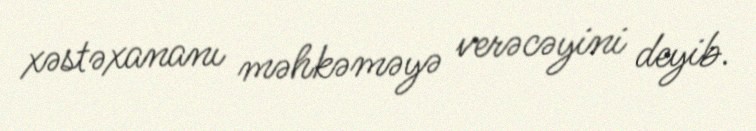
xəstəxananı məhkəməyə verəcəyini deyib.